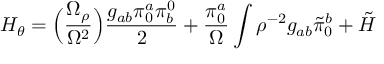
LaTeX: H _ { \theta } = \Bigl ( { \frac { \Omega _ { \rho } } { \Omega ^ { 2 } } } \Bigr ) { \frac { g _ { a b } \pi _ { 0 } ^ { a } \pi _ { b } ^ { 0 } } { 2 } } + { \frac { \pi _ { 0 } ^ { a } } { \Omega } } \int \rho ^ { - 2 } g _ { a b } \tilde { \pi } _ { 0 } ^ { b } + \tilde { H }